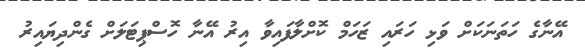
އޭނާގެ ހަތަނަކަށް ވަޅި ހަރައި ޒަހަމް ކޮށްލާފައިވާ އިރު އޭނާ ހޮސްޕިޓަލަށް ގެންދިޔައިރު